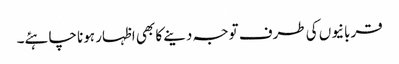
قربانیوں کی طرف توجہ دینے کا بھی اظہار ہونا چاہئے۔